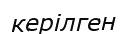
керілген